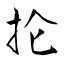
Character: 抡